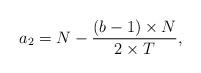
LaTeX: \begin{align*}a_2 = N-\frac{(b-1)\times N}{2\times T},\end{align*}